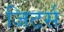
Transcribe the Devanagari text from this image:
जिटर्स